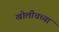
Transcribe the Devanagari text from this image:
खोलीचच्या